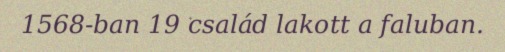
1568-ban 19 család lakott a faluban.